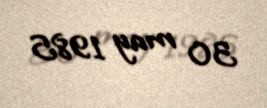
30 may 1985